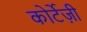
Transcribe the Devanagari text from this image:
कोर्टेज़ी